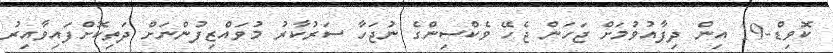
ކޮވިޑް-19 އިން ދިފާއުވުމަށް ޖަހަން ޖެހޭ ވެކްސިންގެ ނުޖަހާ ސަރުކާރު މުވައްޒިފުންނަަށް ދަތިކޮށްފައިވާއިރު